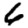
Digit: 6